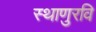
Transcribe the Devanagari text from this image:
स्थाणुरवि